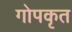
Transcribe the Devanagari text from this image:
गोपकृत